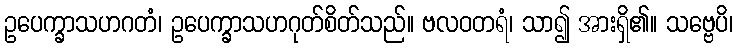
ဥပေက္ခာသဟဂတံ၊ ဥပေက္ခာသဟဂုတ်စိတ်သည်။ ဗလဝတရံ၊ သာ၍ အားရှိ၏။ သဗ္ဗေပိ၊